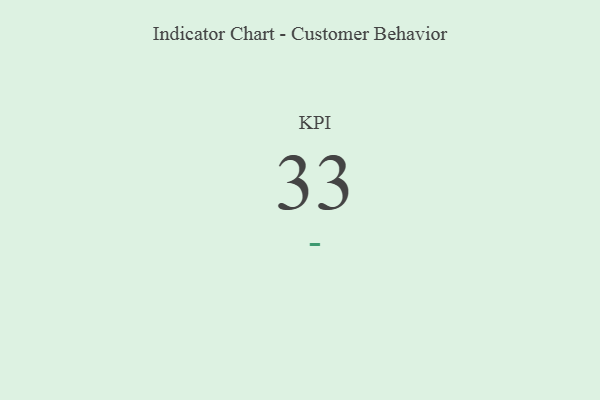
{"axis": {"x": "KPI", "y": "Value"}, "legend": [""], "data": [{"x": "KPI", "y": 33, "type": ""}]}